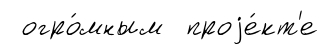
огро́мным проjе́кт'е